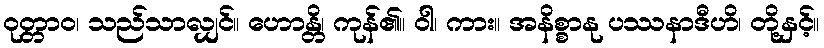
ဝုတ္တာဝ၊ သည်သာလျှင်။ ဟောန္တိ၊ ကုန်၏။ ဝါ၊ ကား။ အနိစ္စာနု ပဿနာဒီဟိ၊ တို့နှင့်။